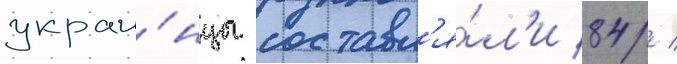
украи́нцы составл'я́л'и 84 /